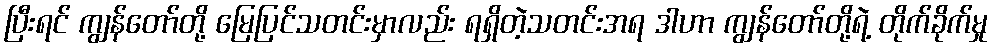
ပြီးရင် ကျွန်တော်တို့ မြေပြင်သတင်းမှာလည်း ရရှိတဲ့သတင်းအရ ဒါဟာ ကျွန်တော်တို့ရဲ့ တိုက်ခိုက်မှု